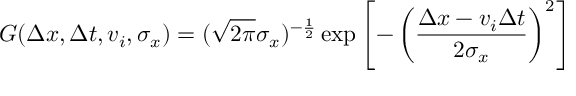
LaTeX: G ( \Delta x , \Delta t , v _ { i } , \sigma _ { x } ) = ( \sqrt { 2 \pi } \sigma _ { x } ) ^ { - \frac { 1 } { 2 } } \exp \left[ - \left( \frac { \Delta x - v _ { i } \Delta t } { 2 \sigma _ { x } } \right) ^ { 2 } \right]